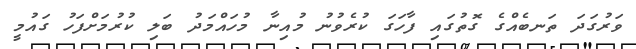
ވަރުގަދަ ތަނބެއްގެ ގޮތުގައި ފާހަގަ ކުރެވުނު މުއިނާ މުހައްމަދު ބަލި ކުރުމަށްފަހު ގައުމީ